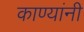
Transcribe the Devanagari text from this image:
काण्यांनी